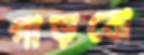
গাড়বো